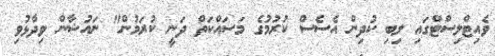
ވެއިޓްލިސްޓްގައި ލިބި ކުދިން އެސެސް ކުރުމުގެ މަސައްކަތް ދަނީ ކުރަމުން" ނައުޝާން ވިދާޅުވި